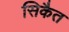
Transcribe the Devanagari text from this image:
सिकैत